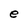
Character: e